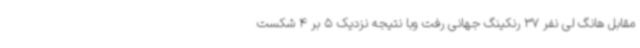
مقابل هانگ لی نفر 37 رنکینگ جهانی رفت وبا نتیجه نزدیک 5 بر 4 شکست